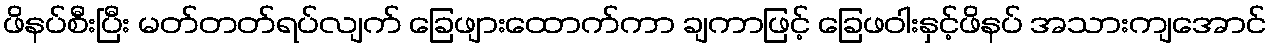
ဖိနပ်စီးပြီး မတ်တတ်ရပ်လျက် ခြေဖျားထောက်ကာ ချကာဖြင့် ခြေဖဝါးနှင့်ဖိနပ် အသားကျအောင်